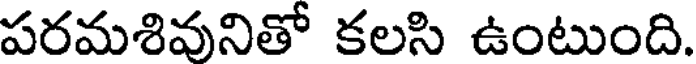
పరమశివనితో కలసి ఉంటుంది.